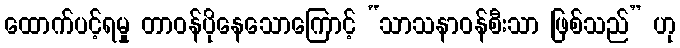
ထောက်ပင့်ရမှု တာဝန်ပိုနေသောကြောင့် “သာသနာဝန်စီးသာ ဖြစ်သည်” ဟု